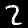
Label: 2